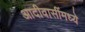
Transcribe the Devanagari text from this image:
आदीवासींमध्ये